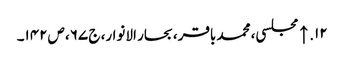
۱۲. ↑ مجلسی، محمد باقر، بحار الانوار، ج‌ ۶۷، ص‌۱۴۲۔